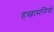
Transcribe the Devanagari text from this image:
हख़ामनियों